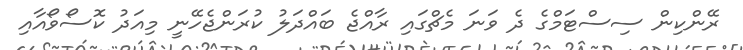
ރޭންކިން ސިސްޓަމްގެ ދެ ވަނަ މެޗްގައި ރާއްޖެ ބައްދަލު ކުރަންޖެހޭނީ މިއަދު ކޮސޯވޯއާއި